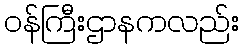
ဝန်ကြီးဌာနကလည်း